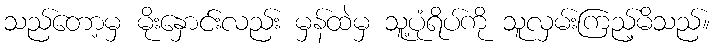
သည်တော့မှ မိုးနှောင်းလည်း မှန်ထဲမှ သူ့ပုံရိပ်ကို သူလှမ်းကြည့်မိသည်။